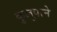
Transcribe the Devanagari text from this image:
कुलुपाने